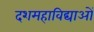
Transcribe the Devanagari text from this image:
दशमहाविद्याओं